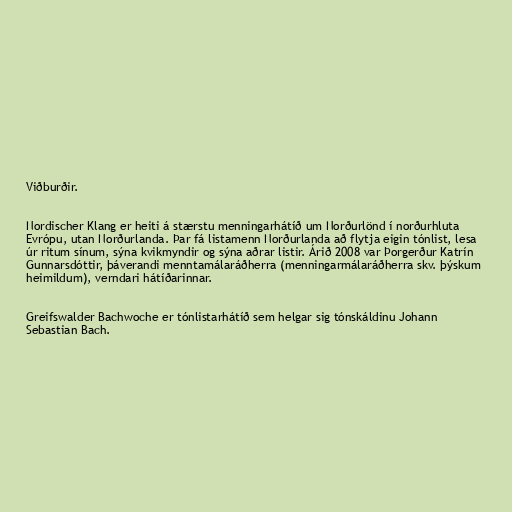
Viðburðir.

Nordischer Klang er heiti á stærstu menningarhátíð um Norðurlönd í norðurhluta
Evrópu, utan Norðurlanda. Þar fá listamenn Norðurlanda að flytja eigin tónlist, lesa
úr ritum sínum, sýna kvikmyndir og sýna aðrar listir. Árið 2008 var Þorgerður Katrín
Gunnarsdóttir, þáverandi menntamálaráðherra (menningarmálaráðherra skv. þýskum
heimildum), verndari hátíðarinnar.

Greifswalder Bachwoche er tónlistarhátíð sem helgar sig tónskáldinu Johann
Sebastian Bach.